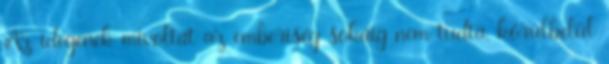
Az idegenek mivoltát az emberiség sokáig nem tudta, körülbelül